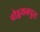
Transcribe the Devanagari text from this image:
चौड्डयनपुरा